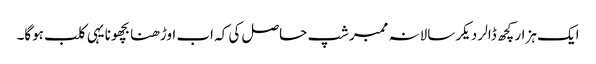
ایک ہزار کچھ ڈالر دیکر سالانہ ممبرشپ حاصل کی کہ اب اوڑھنا بچھونا یہی کلب ہوگا۔